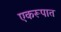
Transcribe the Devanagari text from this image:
एकरूपात